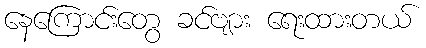
နေကြောင်းတွေ ခင်ဗျား ရေးထားတယ်